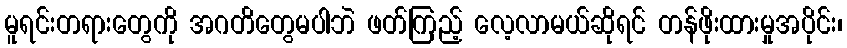
မူရင်းတရားတွေကို အဂတိတွေမပါဘဲ ဖတ်ကြည့် လေ့လာမယ်ဆိုရင် တန်ဖိုးထားမှုအပိုင်း၊